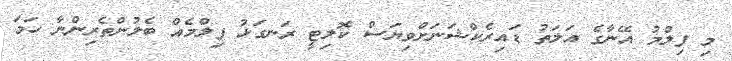
މި ފިލްމު އޭނާގެ އަލަތު ޑައިރެކްޝަނަށްވިޔަސް ކޮލިޓީ ރަނގަޅު ފިލްމެއް ބެލުންތެރިންނާ ހަމަ